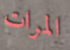
المرات